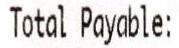
TOTAL PAYABLE: